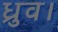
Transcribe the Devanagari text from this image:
ध्रुव।